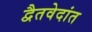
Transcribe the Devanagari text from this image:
द्वैतवेदांत